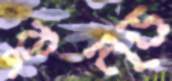
কুন্ড